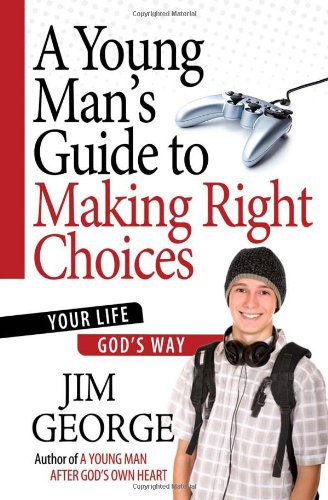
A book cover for A Young Man's Guide to Making Right Choices: Your Life God's Way; Jim George; Christian Books & Bibles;